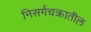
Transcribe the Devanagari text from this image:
निसर्गचक्रातील